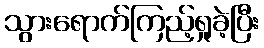
သွားရောက်ကြည့်ရှုခဲ့ပြီး